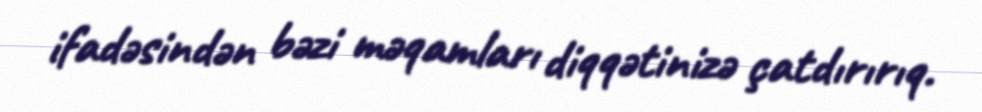
ifadəsindən bəzi məqamları diqqətinizə çatdırırıq.